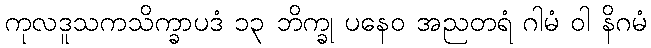
ကုလဒူသကသိက္ခာပဒံ ၁၃ ဘိက္ခု ပနေဝ အညတရံ ဂါမံ ဝါ နိဂမံ